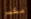
مكبر